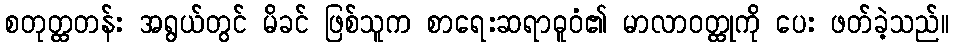
စတုတ္ထတန်း အရွယ်တွင် မိခင် ဖြစ်သူက စာရေးဆရာဓူဝံ၏ မာလာဝတ္ထုကို ပေး ဖတ်ခဲ့သည်။